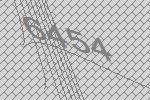
6454